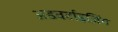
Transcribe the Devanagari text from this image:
अडवर्टाइज़िंग